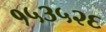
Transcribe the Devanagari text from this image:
१५३५२६